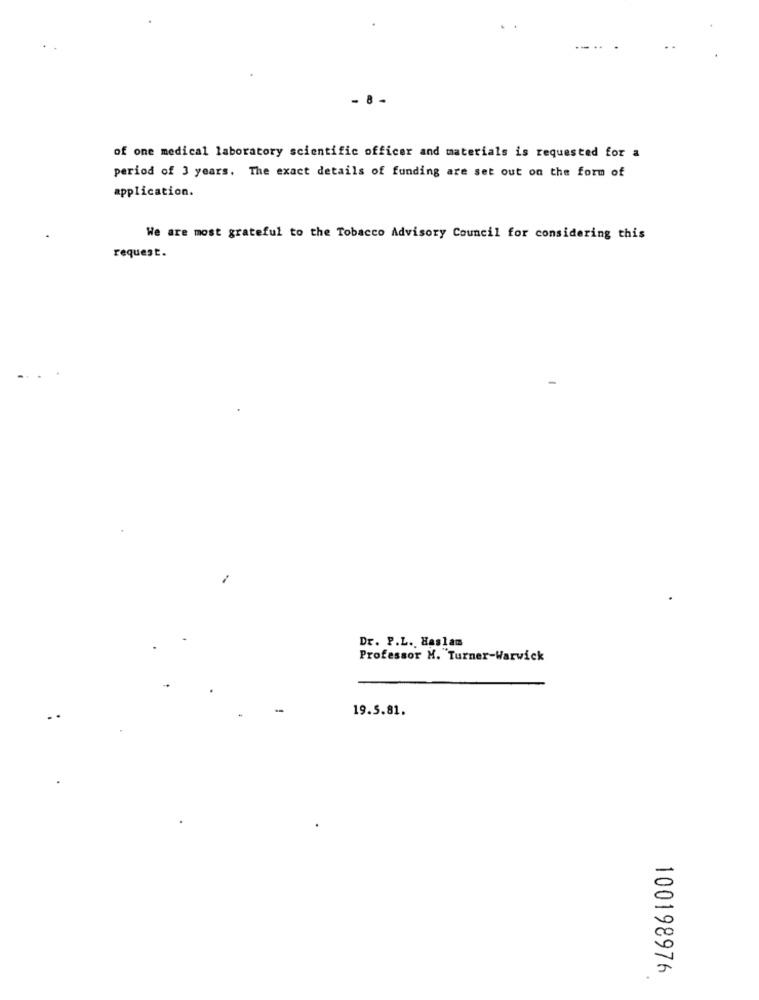
- 8-
of one medical laboratory scientific officer and materials is requested for a
period of 3 years. The exact details of funding are set out on the form of
application.
We are most grateful to the Tobacco Advisory Council for considering this
request.
Dr. P.L. Haslam
Professor M. Turner-Warwick
19.5.81.
100198976